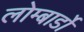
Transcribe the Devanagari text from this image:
लोम्बार्डों